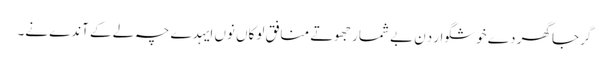
گرجا گھر دے خوشگوار دِن بے شمار جھوتے منافق لوکاں نوں ایہدے چہ لے کے آندے نے۔